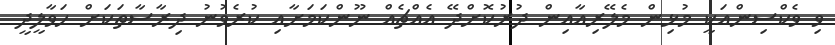
ވި ވެކްސިންއަކީ މުޅިން މެލޭރިއާއިން ދުރުކޮށްދޭ އެއްޗެއް ނޫންކަމަށާއި ކުރެވުނު ދިރާސާތަކަށް ހަވާލީދީ